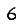
Digit: 6